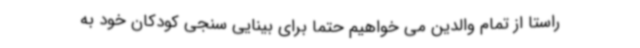
راستا از تمام والدین می خواهیم حتما برای بینایی سنجی کودکان خود به